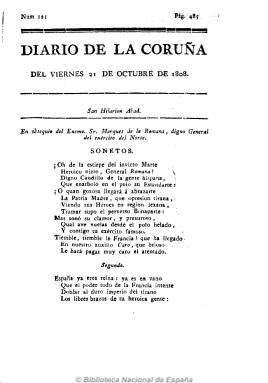
Título: Diario de La Coruña
Colección: Periódicos anteriores a 1850
Ámbito geográfico: La Coruña
Lugar de publicación: La Coruña
Fechas: 21/10/1808-21/10/1813

Como respuesta a la invasión napoleónica y con la constitución de la Junta de Armamento y Defensa local, ésta patrocina la aparición del que será primer periódico de la capital y primer diario gallego. De carácter patriótico y liberal (después lo será “reformista”) también constituye un ejemplo del nuevo periodismo moderno, por la separación de sus contenidos en secciones y entre información y opinión (editoriales).

Su publicación ha sido dividida en cuatro etapas, incluidos, entre otras vicisitudes por las que atravesó, los cambios de título de su cabecera, debiendo ser todas estas consideradas como el mismo periódico, según el historiador Enrique Santos Gayoso.

Apareció  el 22 o 26 de junio de 1808 y sus primeros números carecieron de pie de imprenta, siendo su director y único redactor el liberal Manuel Pardo de Andrade (1760-1832), que antes de que falleciera en París, como uno de tantos exiliados españoles víctimas de los avatares políticos del primer tercio del siglo diecinueve, dirigió más periódicos y colaboró en otros. En esta primera etapa se estampa casi sin interrupción en la Imprenta de Francisco Cándido Pérez Prieto hasta que, en enero de 1809, el ejército francés ocupa La Coruña.

Cuando las tropas invasoras abandonan Galicia, reaparecerá el cinco de julio de ese año, bajo la dirección de Ángel Antonio Henry (1768-1813), como órgano oficial de la Junta Suprema de Galicia y con el título de Diario del Gobierno de La Coruña.

El 29 de agosto de 1809 recuperará su cabecera original –Diario de La Coruña- iniciando así su tercera época. La cuarta comienza el uno de septiembre de 1814 con el título de Diario Antiguo de La Coruña. Habiendo sido un fuerte baluarte contra las ideas absolutistas, continuará apareciendo tras el regreso de Fernando VII, pero cesará por orden del Gobierno Absoluto en 1815 o 1814.

Ofreció noticias locales, de España y de “oficio” extranjeras, así como partes militares y gubernativos y composiciones en verso, ofreciendo el santoral y la información astronómica bajo su cabecera.

De los cuatro números de los que dispone la Biblioteca Nacional de España, sólo el correspondiente a 1813 no se encuentra en las colecciones, casi completas, de la Biblioteca Nacional de Galicia y de la Real Academia Galega, que la tiene también on line. La Hemeroteca Municipal de Madrid dispone de algunos ejemplares de esta cabecera, así como dos números de 1814 del título Diario de la Coruña, a la Aurora, y uno de 1814 de Diario Antiguo de La Coruña.